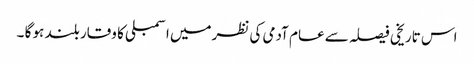
اس تاریخی فیصلہ سے عام آدمی کی نظرمیں اسمبلی کا وقار بلند ہو گا ۔